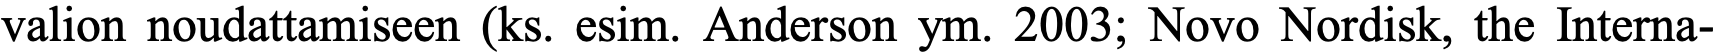
valion noudattamiseen (ks. esim. Anderson ym. 2003; Novo Nordisk, the Interna-